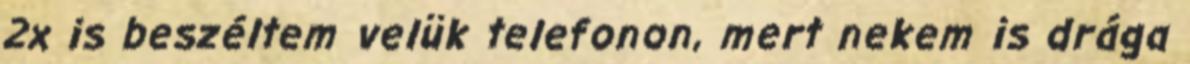
2x is beszéltem velük telefonon, mert nekem is drága